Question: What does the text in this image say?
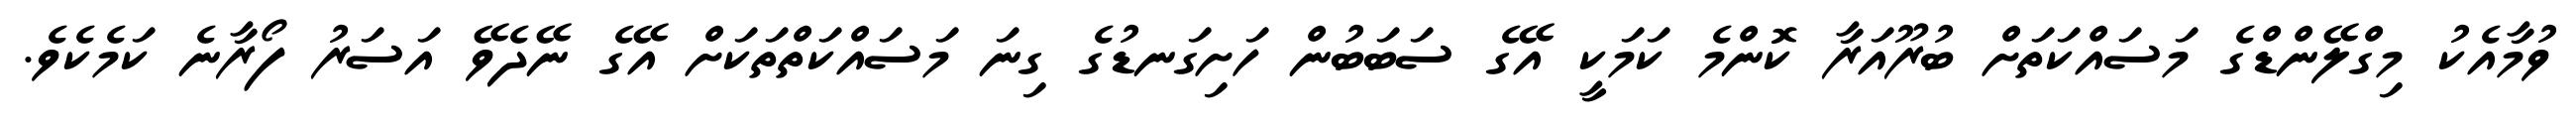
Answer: ވުމާއެކު މިގްލޭންޑްގެ މަސައްކަތަށް ބުރޫއަރާ ކޮންމެ ކަމަކީ އޭގެ ސަބަބުން ހަށިގަނޑުގެ ގިނަ މަސައްކަތްތަކަށް އޭގެ ނޭދެވޭ އަސަރު ފޯރާނެ ކަމެކެވެ.